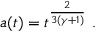
a ( t ) = t ^ { \frac { 2 } { 3 ( \gamma + 1 ) } } \ .